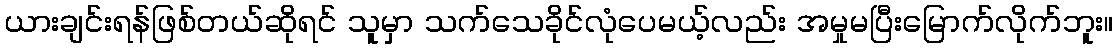
ယားချင်းရန်ဖြစ်တယ်ဆိုရင် သူမှာ သက်သေခိုင်လုံပေမယ့်လည်း အမှုမပြီးမြောက်လိုက်ဘူး။